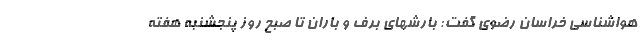
هواشناسی خراسان رضوی گفت: بارشهای برف و باران تا صبح روز پنجشنبه هفته